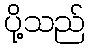
ပို့သည်